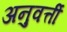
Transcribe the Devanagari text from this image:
अनुवर्त्ती